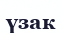
үзак